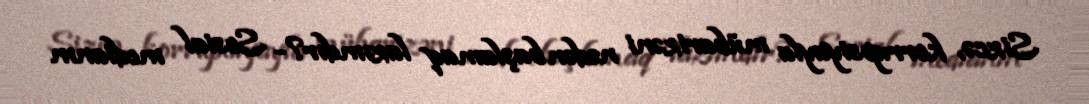
Sizcə, korrupsiyayla mübarizəni nədən başlamaq lazımdır?- Sosial medianın